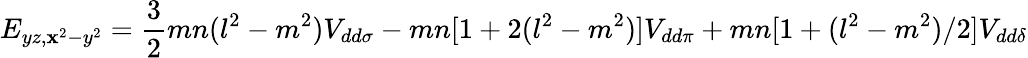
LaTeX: E_{yz,\mathbf{x}^{2}-y^{2}}={\frac{{3}}{{2}}}mn(l^{2}-m^{2})V_{dd\sigma}-mn[1+2(l^{2}-m^{2})]V_{dd\pi}+mn[1+(l^{2}-m^{2})/2]V_{dd\delta}